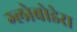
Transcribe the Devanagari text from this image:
ग्लोबोडेरा